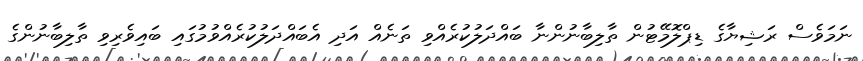
ނަމަވެސް ރަޝިޔާގެ ޑިޕްލޮމޭޓުން ތާލިބާނުންނާ ބައްދަލުކުރެއްވި ތަނެއް އަދި އެބައްދަލުކުރެއްވުމުގައި ބައިވެރިވި ތާލިބާނުންގެ